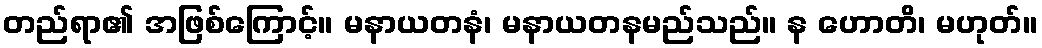
တည်ရာ၏ အဖြစ်ကြောင့်။ မနာယတနံ၊ မနာယတနမည်သည်။ န ဟောတိ၊ မဟုတ်။